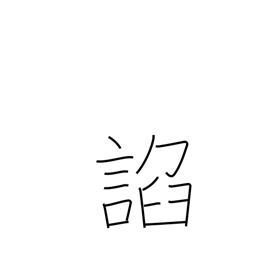
Meaning: flatter